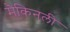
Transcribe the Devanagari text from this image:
मैकिनली